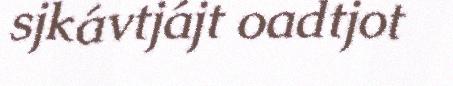
sjkávtjájt oadtjot